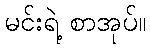
မင်းရဲ့ စာအုပ်။